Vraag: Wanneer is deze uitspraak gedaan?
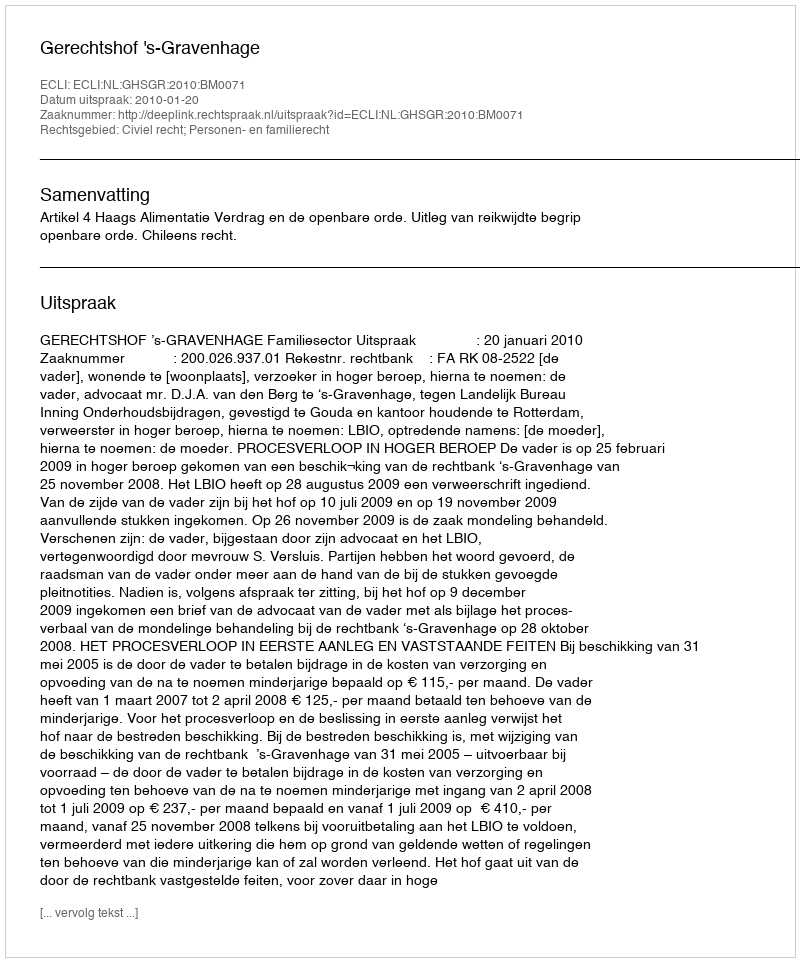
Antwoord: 2010-01-20